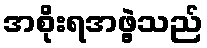
အစိုးရအဖွဲ့သည်